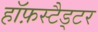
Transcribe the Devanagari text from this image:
हॉफ़स्टैड्टर